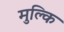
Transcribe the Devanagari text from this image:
मुल्कि